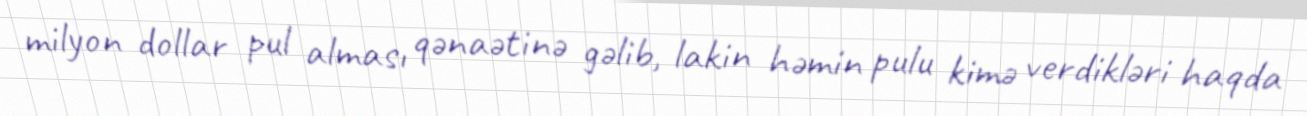
milyon dollar pul alması qənaətinə gəlib, lakin həmin pulu kimə verdikləri haqda